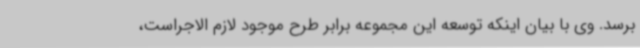
برسد. وی با بیان اینکه توسعه این مجموعه برابر طرح موجود لازم الاجراست،